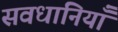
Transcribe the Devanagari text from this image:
सवधानियाँ